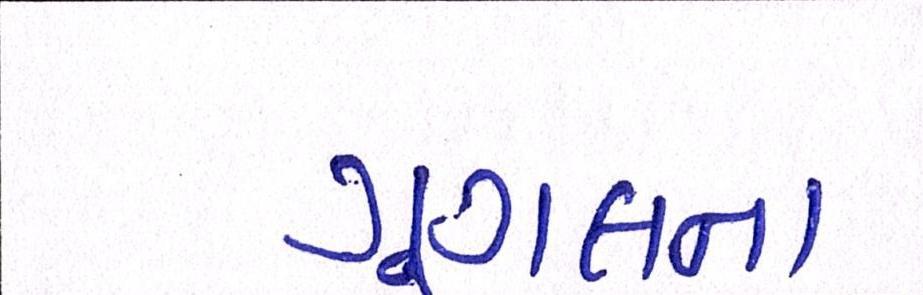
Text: ગૂગલના